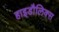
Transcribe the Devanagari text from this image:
हाइडौलिक्स